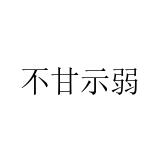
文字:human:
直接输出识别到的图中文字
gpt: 不甘示弱